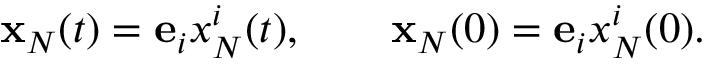
\begin{array} { r } { { \bf x } _ { N } ( t ) = { \bf e } _ { i } x _ { N } ^ { i } ( t ) , \qquad { \bf x } _ { N } ( 0 ) = { \bf e } _ { i } x _ { N } ^ { i } ( 0 ) . } \end{array}